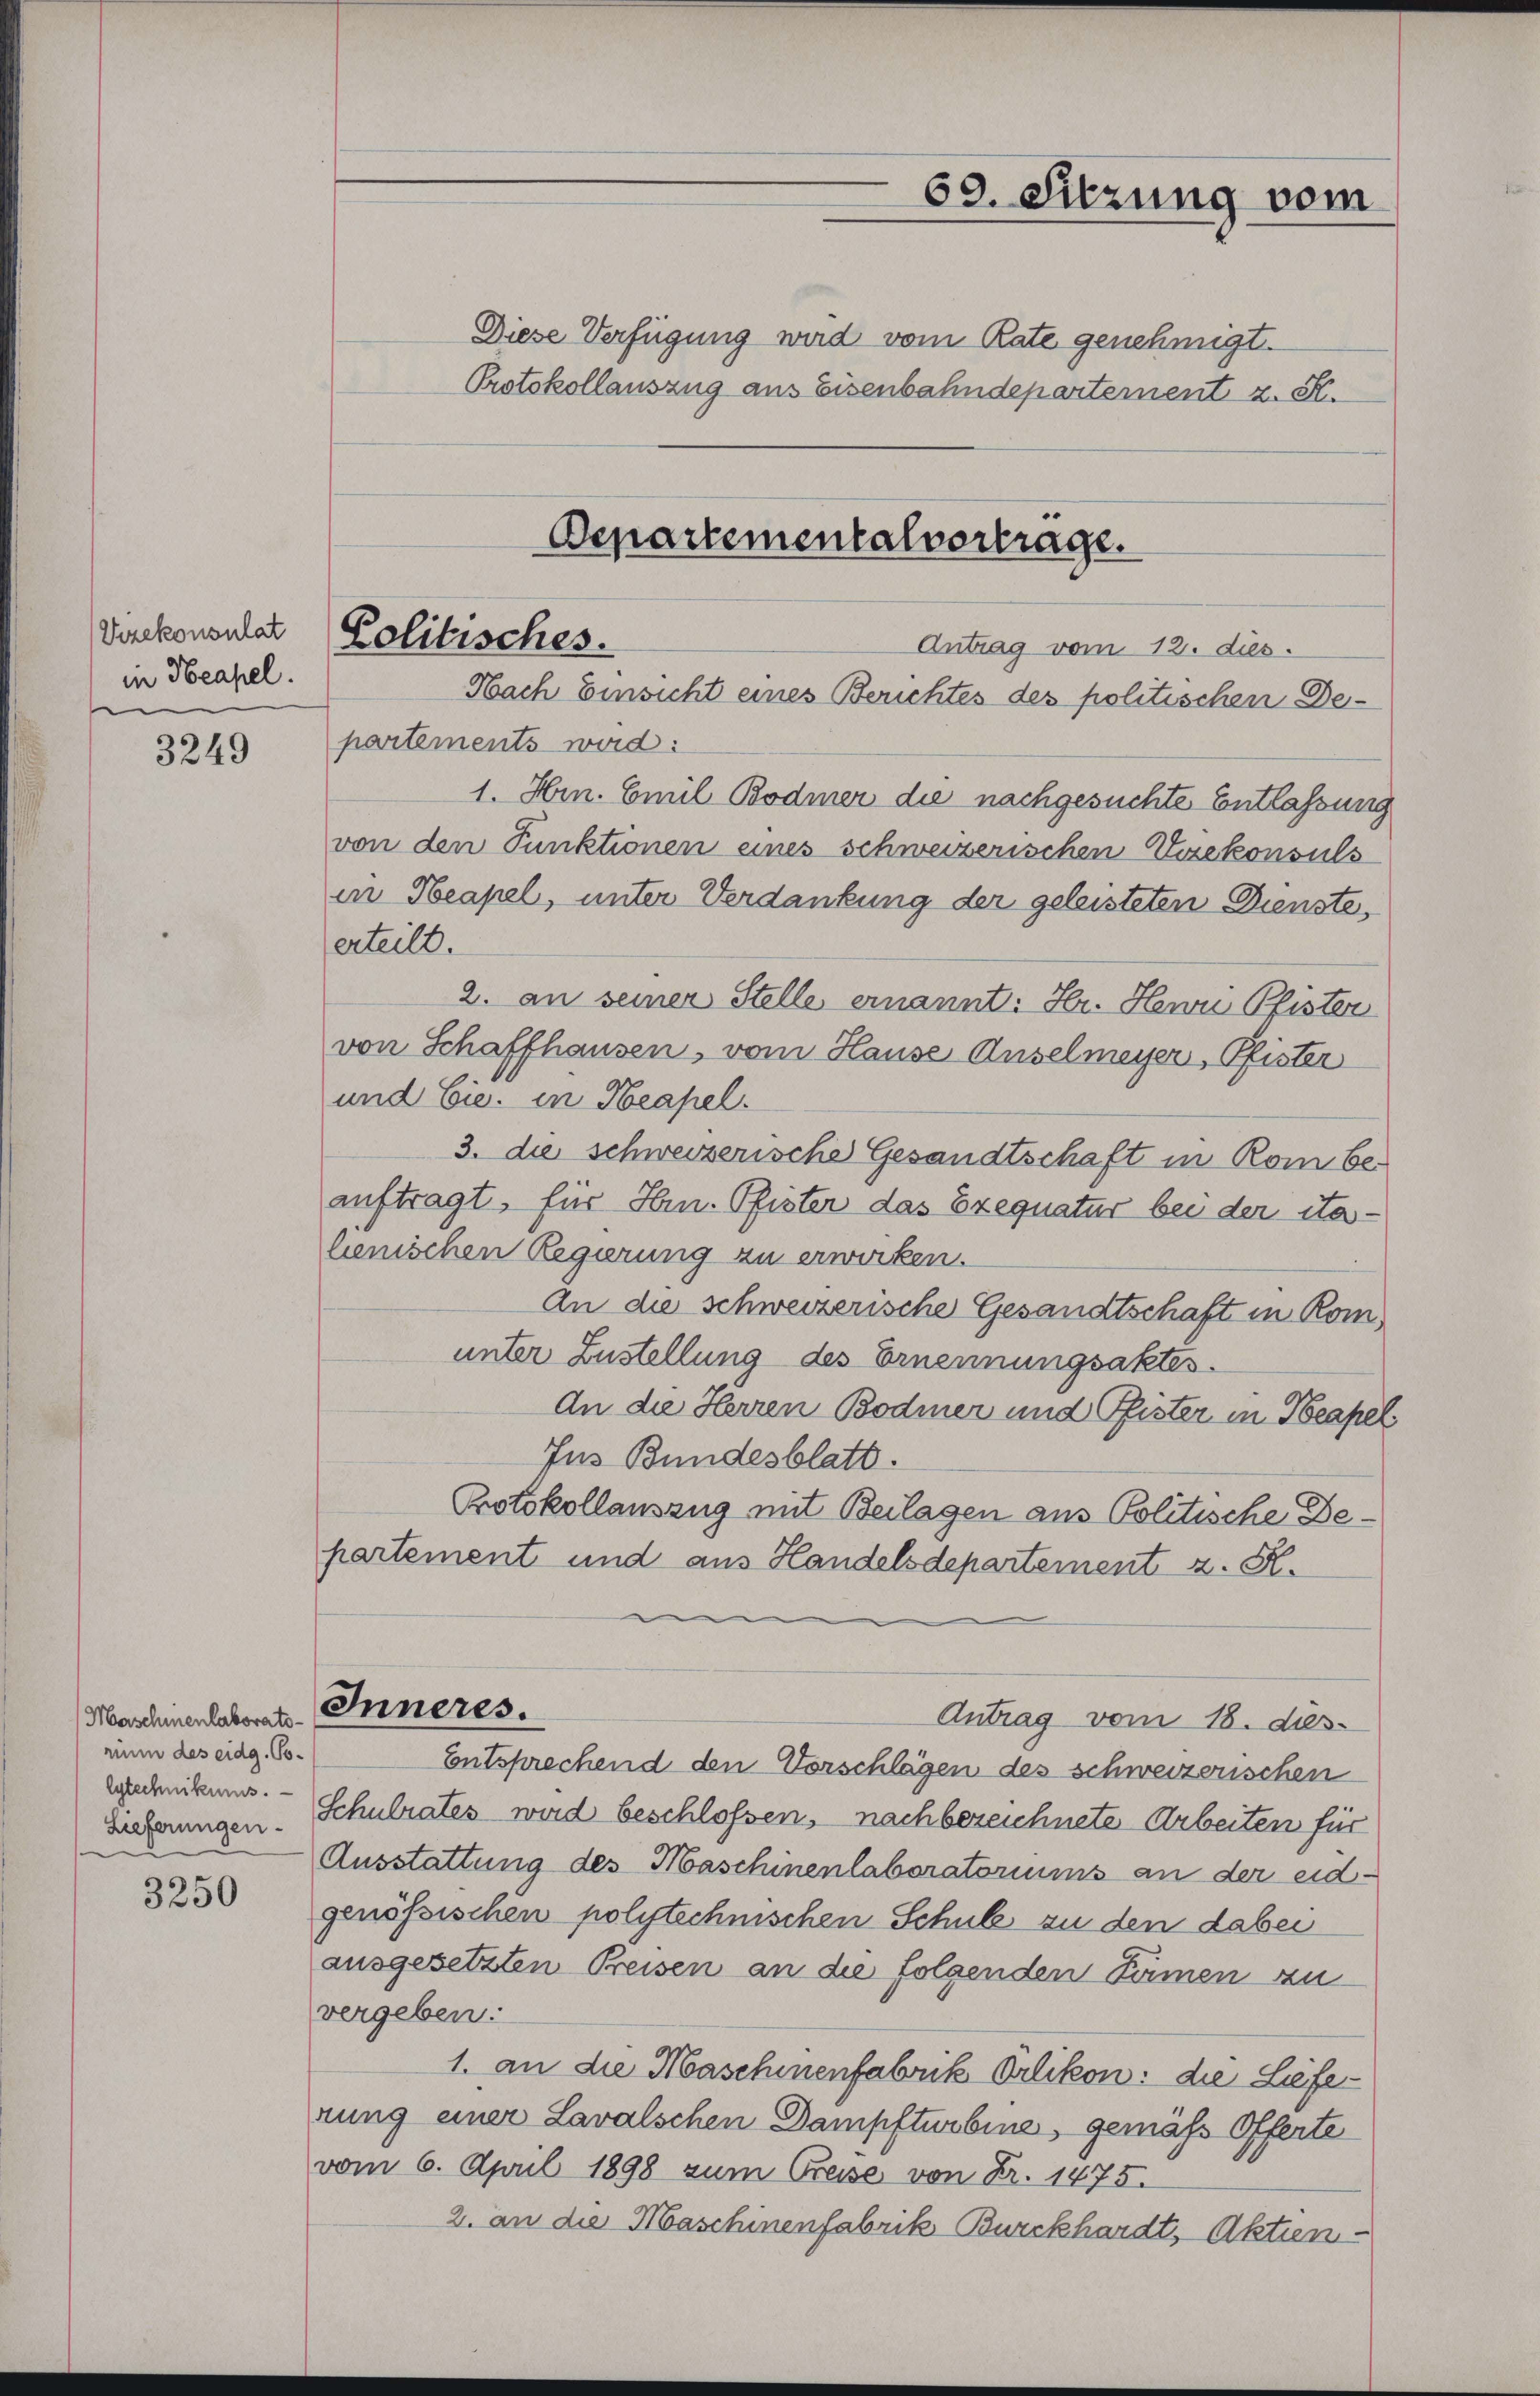
Vrekonsulat
in Neapel.

3249

Maschinenlaborats-
rum des eidg. Polytechnikums.
Lieferungen.

3250

partements wird:

Diese Verfügung wird vom Rate genehmigt.
Protokollauszug aus Eisenbahndepartement z. S.

69. Sitzung vom

Departementalvortrage.
Politisches.
Antrag vom 12. dies
Nach Einsicht eines Berichtes des politischen De¬

1. Hrn. Emil Bodmer die nachgesuchte Entlassung
von den Punktionen eines schweizerischen Ersekonsuls
in Neapel, unter Verdankung der geleisteten Dienste,
erteilt.
2. an seiner Stelle ernannt: Hr. Herrn Pfister
von Schaffhausen, vom Hause Anselmeyer, Pfister
und Cie. in Neapel.
3. die schweizerische Gesandtschaft in Rom beauftragt, für Hrn. Pfister das Exequatur bei der italenischen Regierung zu erwirken.
An die schweizerische Gesandtschaft in Komunter Zustellung des Ernennungsaktes.
An die Herren Bodmer und Pfister in Neapel
Jus Bundesblatt.
Protokollauszug mit Beilagen aus Politische Departement und aus Handelsdepartement z. K.
Inneres.
Antrag vom 18. dies
Entsprechend den Vorschlägen des schweizerischen
Schulrates wird beschlossen, nachbezeichnete Arbeiten für
Ausstattung des Maschinenlaboratoriums an der eidgenössischen polytechnischen Schule zu den dabei
ausgesetzten Preisen an die folgenden Sämen zu
vergeben:
1. an die Maschinenfabrik Orlikon: die Lieferung einer Lavalschen Dampfturbine, gemäss Offerte
vom 6. April 1898 zum Preise von Fr. 1475.
2. an die Maschinenfabrik Burckhardt, Aktien-